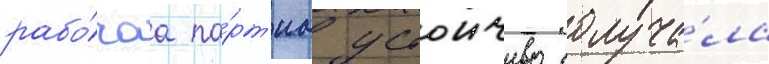
рабо́чаа па́рт'иа устоичиво получа́ла